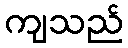
ကျသည်